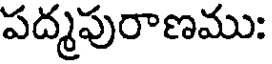
పద్మపురాణము: